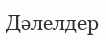
Дәлелдер